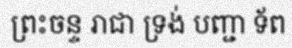
ព្រះចន្ទ រាជា ទ្រង់ បញ្ជា ទ័ព